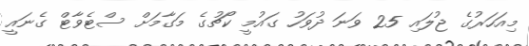
މިއަހަރުގެ ޖުލައި 25 ވަނަ ދުވަހު ގައުމީ ކޯޗުގެ މަގާމަށް ސްޓެވާޓް ގެނައީ